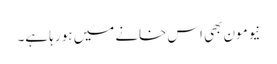
نیومون بھی اس خانے میں ہو رہا ہے۔